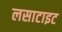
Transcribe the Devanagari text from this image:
लसाटाइट